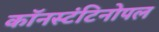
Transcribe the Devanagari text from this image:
कॉनस्टंटिनोपल